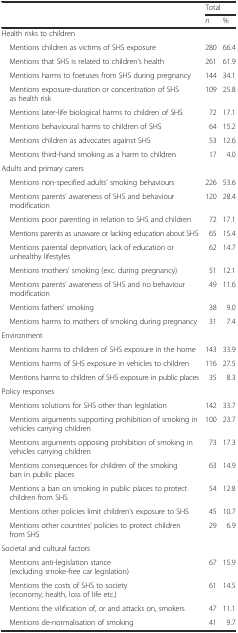
| <ROWSPAN=2>  | <COLSPAN=2> Total |
 | n | % |
 | --- | --- | --- |
 | <COLSPAN=3> Health risks to children |
 | Mentions children as victims of SHS exposure | 280 | 66.4 |
 | Mentions that SHS is related to children’s health | 261 | 61.9 |
 | Mentions harms to foetuses from SHS during pregnancy | 144 | 34.1 |
 | Mentions exposure-duration or concentration of SHS as health risk | 109 | 25.8 |
 | Mentions later-life biological harms to children of SHS | 72 | 17.1 |
 | Mentions behavioural harms to children of SHS | 64 | 15.2 |
 | Mentions children as advocates against SHS | 53 | 12.6 |
 | Mentions third-hand smoking as a harm to children | 17 | 4.0 |
 | <COLSPAN=3> Adults and primary carers |
 | Mentions non-specified adults’ smoking behaviours | 226 | 53.6 |
 | Mentions parents’ awareness of SHS and behaviour modification | 120 | 28.4 |
 | Mentions poor parenting in relation to SHS and children | 72 | 17.1 |
 | Mentions parents as unaware or lacking education about SHS | 65 | 15.4 |
 | Mentions parental deprivation, lack of education or unhealthy lifestyles | 62 | 14.7 |
 | Mentions mothers’ smoking (exc. during pregnancy) | 51 | 12.1 |
 | Mentions parents’ awareness of SHS and no behaviour modification | 49 | 11.6 |
 | Mentions fathers’ smoking | 38 | 9.0 |
 | Mentions harms to mothers of smoking during pregnancy | 31 | 7.4 |
 | <COLSPAN=3> Environment |
 | Mentions harms to children of SHS exposure in the home | 143 | 33.9 |
 | Mentions harms of SHS exposure in vehicles to children | 116 | 27.5 |
 | Mentions harms to children of SHS exposure in public places | 35 | 8.3 |
 | <COLSPAN=3> Policy responses |
 | Mentions solutions for SHS other than legislation | 142 | 33.7 |
 | Mentions arguments supporting prohibition of smoking in vehicles carrying children | 100 | 23.7 |
 | Mentions arguments opposing prohibition of smoking in vehicles carrying children | 73 | 17.3 |
 | Mentions consequences for children of the smoking ban in public places | 63 | 14.9 |
 | Mentions a ban on smoking in public places to protect children from SHS | 54 | 12.8 |
 | Mentions other policies limit children’s exposure to SHS | 45 | 10.7 |
 | Mentions other countries’ policies to protect children from SHS | 29 | 6.9 |
 | <COLSPAN=3> Societal and cultural factors |
 | Mentions anti-legislation stance (excluding smoke-free car legislation) | 67 | 15.9 |
 | Mentions the costs of SHS to society (economy, health, loss of life etc.) | 61 | 14.5 |
 | Mentions the vilification of, or and attacks on, smokers | 47 | 11.1 |
 | Mentions de-normalisation of smoking | 41 | 9.7 |